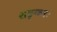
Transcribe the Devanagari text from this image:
शङ्करः